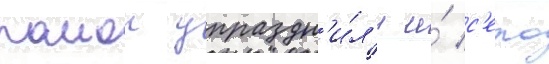
раион упраздн'и́л'и и́ с'ело